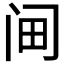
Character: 𰿭